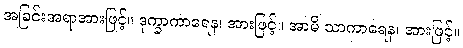
အခြင်းအရာအားဖြင့်။ ဒုက္ခာကာရေန၊ အားဖြင့်။ အာမိ သာကာရေန၊ အားဖြင့်။